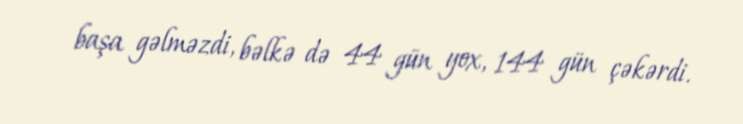
başa gəlməzdi, bəlkə də 44 gün yox, 144 gün çəkərdi.